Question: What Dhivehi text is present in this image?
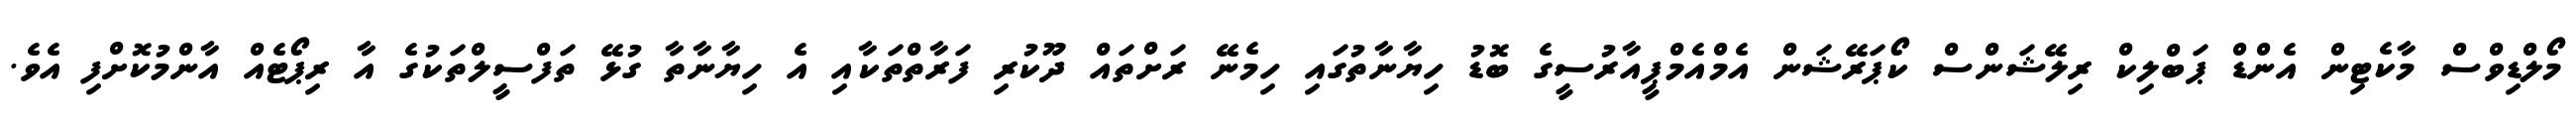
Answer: މޯލްޑިވްސް މާކެޓިން އެންޑް ޕަބްލިކް ރިލޭޝަންސް ކޯޕަރޭޝަން އެމްއެމްޕީއާރުސީގެ ބޮޑު ހިޔާނާތުގައި ހިމެނޭ ރަށްތައް ދޫކުރި ފަރާތްތަކާއި އެ ހިޔާނާތާ ގުޅޭ ތަފްސީލްތަކުގެ އާ ރިޕޯޓެއް އާންމުކޮށްފި އެވެ.